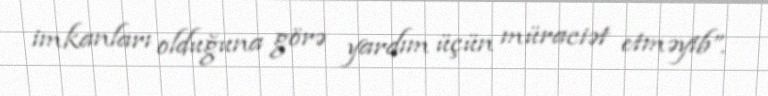
imkanları olduğuna görə yardım üçün müraciət etməyib”.